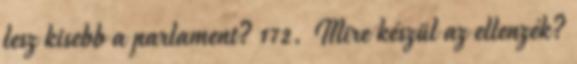
lesz kisebb a parlament? 172. Mire készül az ellenzék?